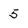
Character: 5